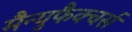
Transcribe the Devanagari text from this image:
मैन्युफैक्चर्स